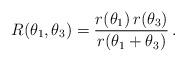
LaTeX: \begin{align*}R(\theta_1,\theta_3)=\frac{r(\theta_1)\,r(\theta_3)}{r(\theta_1+\theta_3)}\,.\end{align*}